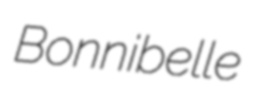
Bonnibelle